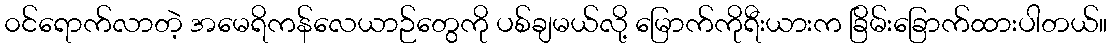
၀င်ရောက်လာတဲ့ အမေရိကန်လေယာဉ်တွေကို ပစ်ချမယ်လို့ မြောက်ကိုရီးယားက ခြိမ်းခြောက်ထားပါတယ်။